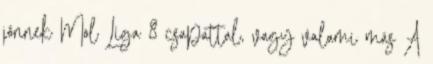
jönnek Mol Liga 8 csapattal, vagy valami más A